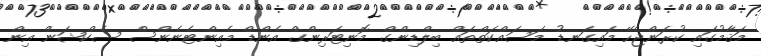
މަޤާމުގައި ކުރަންޖެހޭ މައިގަނޑު މަސައްކަތްތައް ބިލްޑިންގް މޮނިޓަރިންގް އެންޑް މެއިންޓެނެންސް ސެކްޝަން އިން